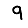
Digit: 9